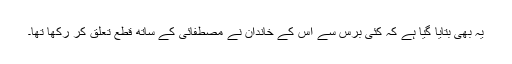
یہ بھی بتایا گیا ہے کہ کئی برس سے اس کے خاندان نے مصطفائی کے ساتھ قطع تعلق کر رکھا تھا۔